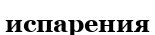
испарения